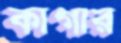
কাগার